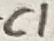
Text: C1